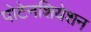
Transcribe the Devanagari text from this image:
पोटेनशियेशन